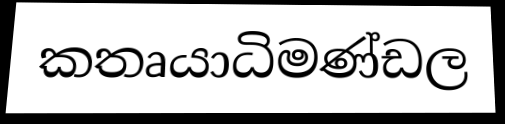
කතෘයාධිමණ්ඩල